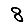
Digit: 8